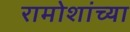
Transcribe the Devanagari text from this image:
रामोशांच्या